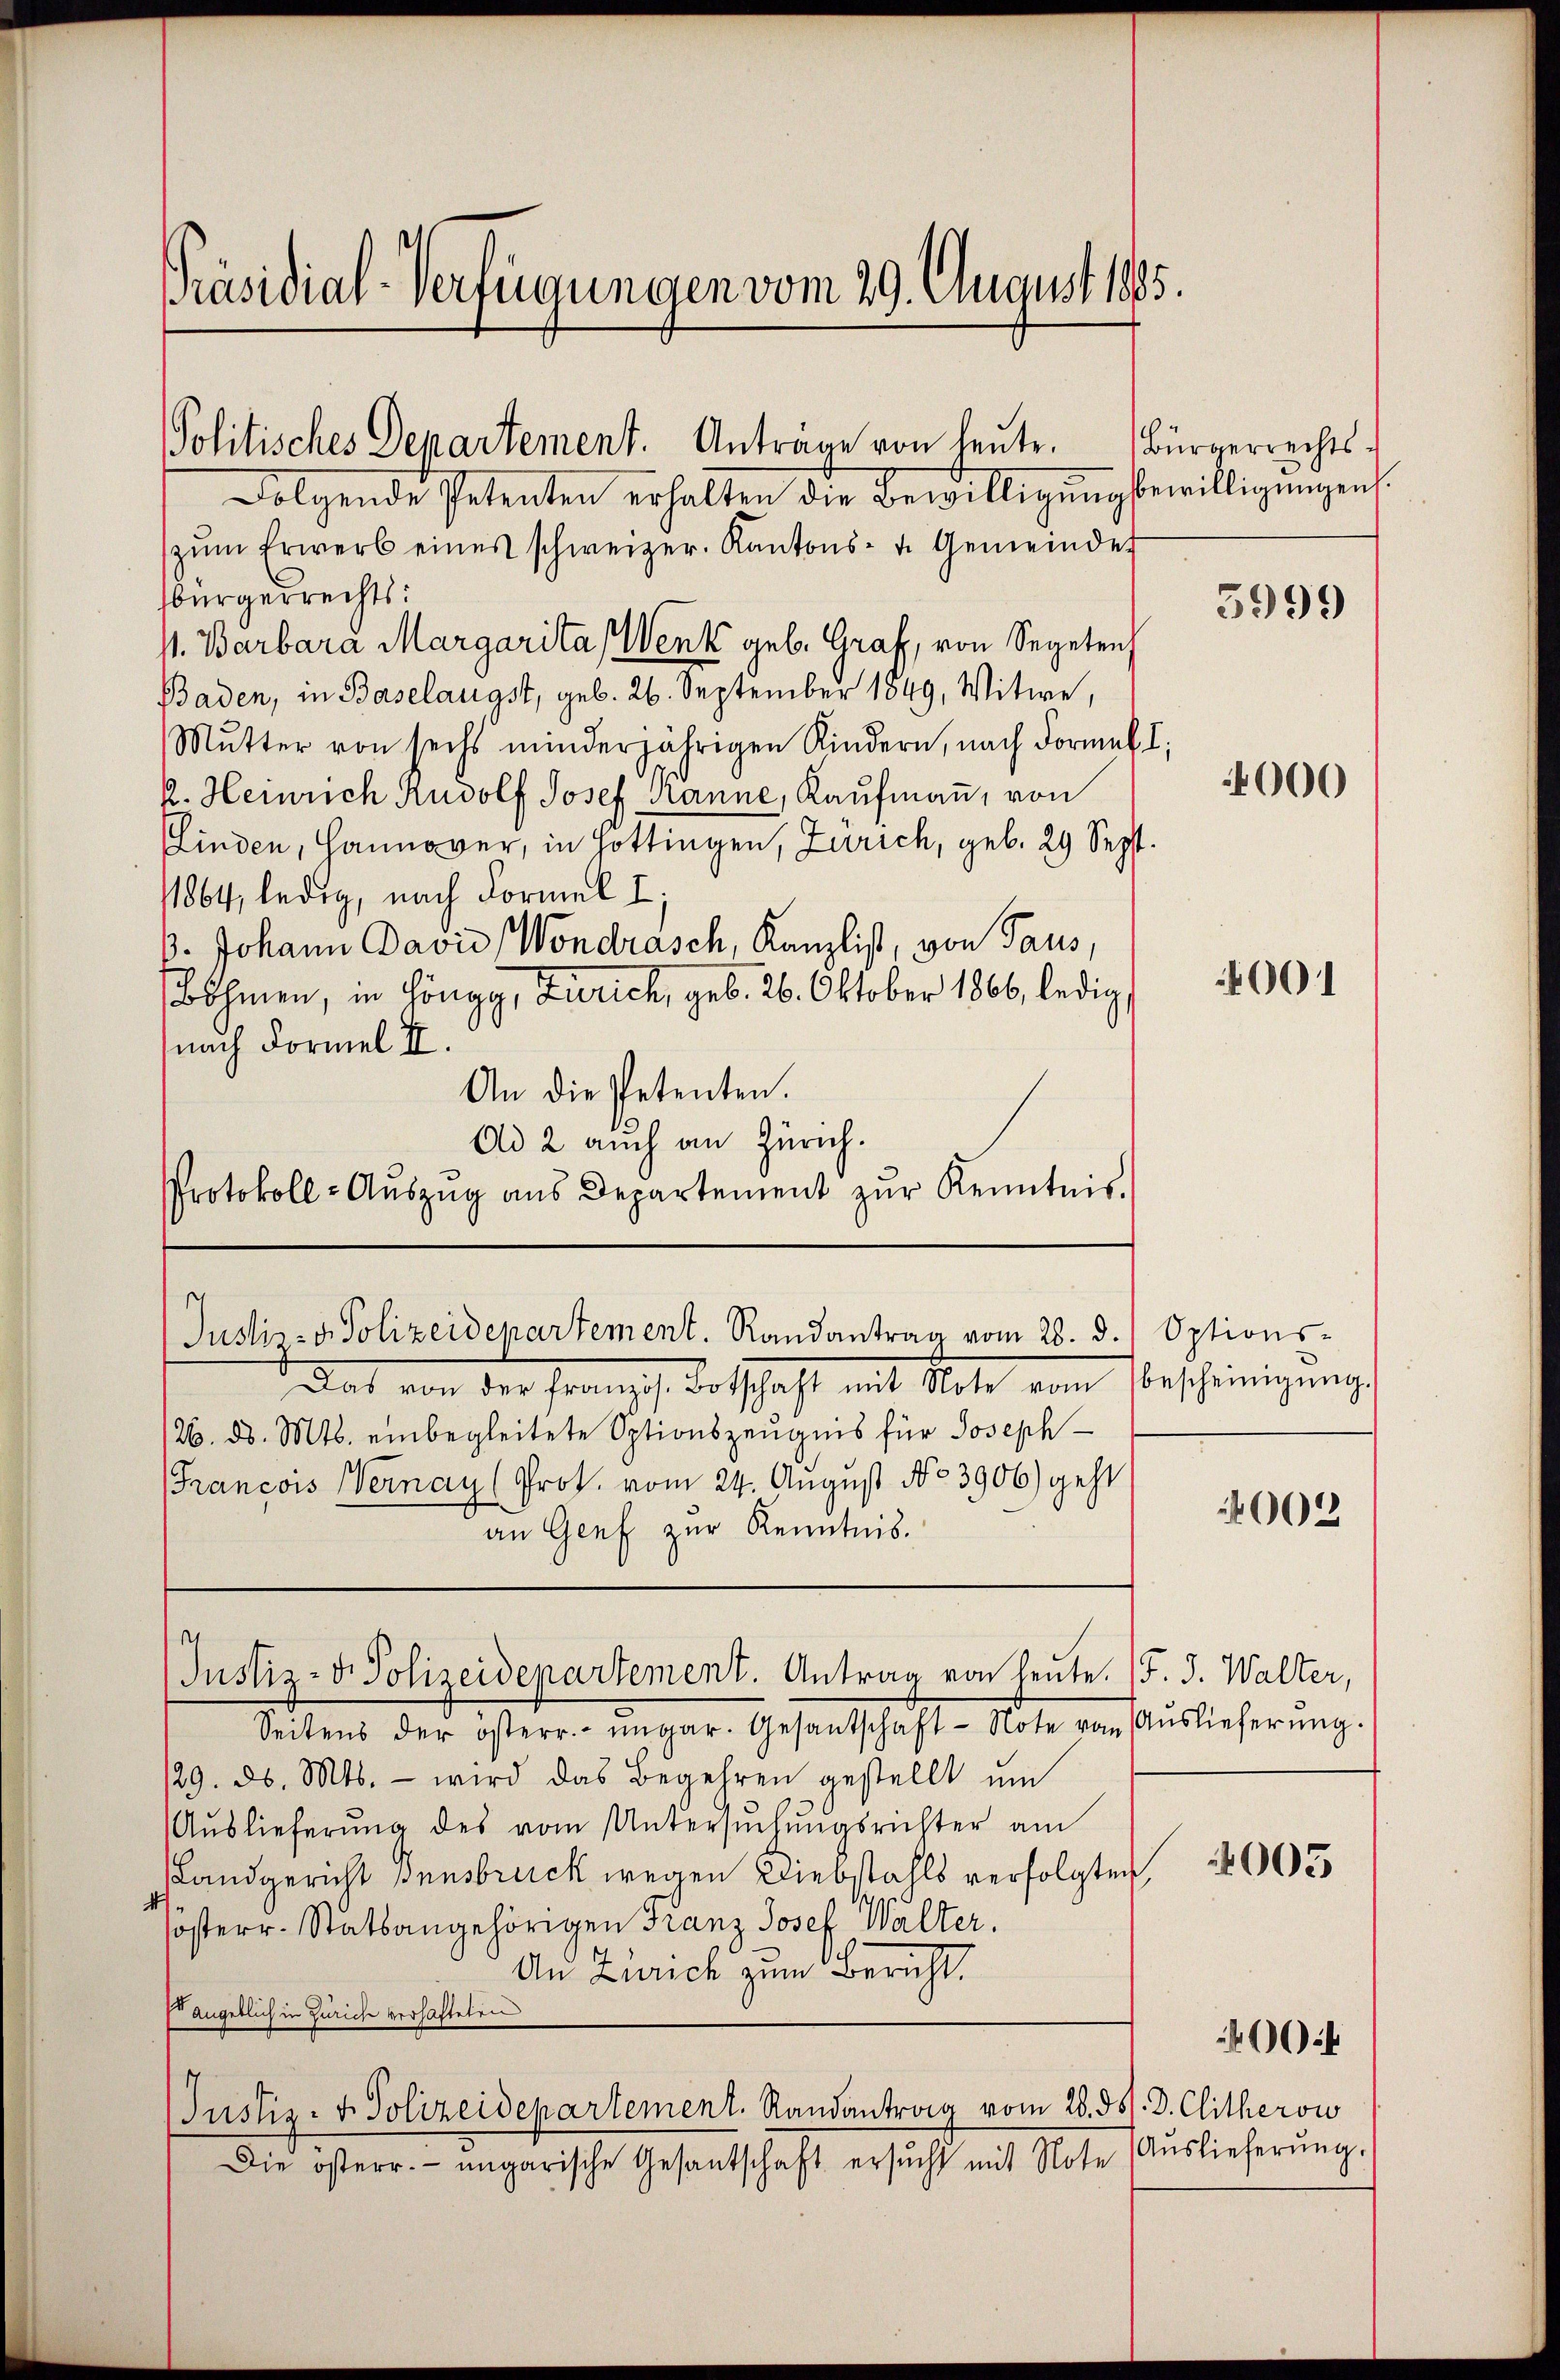
Präsidial-Verfügungen vom 29. August 1885.

Folgende Petenten erhalten die Bewilligungsbewilligungen.
zŭm Erwerb eines schweizer. Kantons- u. Gemeinder
bürgerrechts:
V. Barbara Margarita (Wenk geb. Graf, von Segeten
Baden, in Baselangst, geb. 26. September 1849, Witwe,
Mŭtter von sechs minderjährigen Kindern, nach Formel I
k. Heinrich Rudolf Josef Kanne, Kaufmann, von
Finden, Hannover, in Hottingen, Zürich, geb. 29 Sept.
1864, ledig, nach Formel I
p. Johann David Wondrasch, Kanzlist, von Taus,
Böhmen, in Höngg, Zürich, geb. 26. Oktober 1866, ledig
nach Formel II.
An die Petenten.
Ad 2 auch an Zürich.
Protokoll-Aŭszŭg ans Departement zŭr Kenntnis.

Politisches Departement. Antrage von heŭte. (Bürgerrechts-

Justiz- & Polizeidepartement. Randantrag vom 28. d.) Options-

dat von der Französ. Botschaft mit Note vom Bescheinigung
126. d. Mts. einbegleitete Optionszeugnis für Joseph
Francois Wernau (Prot. vom 24. August No 3906) geht
an Genf zur Kenntnis.
Justiz- & Polizeidepartement. Antrag von heute. (F. J. Walter,
Seitens der österr. ungar. Gesantschaft-Note vom Aŭslieferŭng.
129. d. Mts. - wird das Begehren gestellt ŭm
Aŭslieferŭng des vom Untersŭchŭngsrichter am
Landgericht Innsbruck wegen Diebstahls verfolgten
sosterr. Statsangehörigen Franz Josef Walter.
An Zürich zum Bericht.
Es angeblich in Zürich verhafteten
Justiz- & Polizeidepartement. Randantrag vom 28. d. d. Clitherow
Die österr. ungarische Gesantschaft ersucht mit Note

5999

4000

001

002

4005

Auslieferung.

004